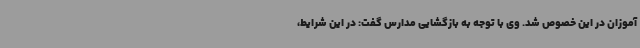
آموزان در این خصوص شد. وی با توجه به بازگشایی مدارس گفت: در این شرایط،